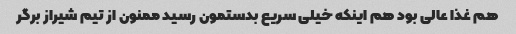
هم غذا عالی بود هم اینکه خیلی سریع بدستمون رسید ممنون از تیم شیراز برگر